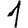
Digit: 1